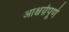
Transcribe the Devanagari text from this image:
आश्चर्य़पूर्ण